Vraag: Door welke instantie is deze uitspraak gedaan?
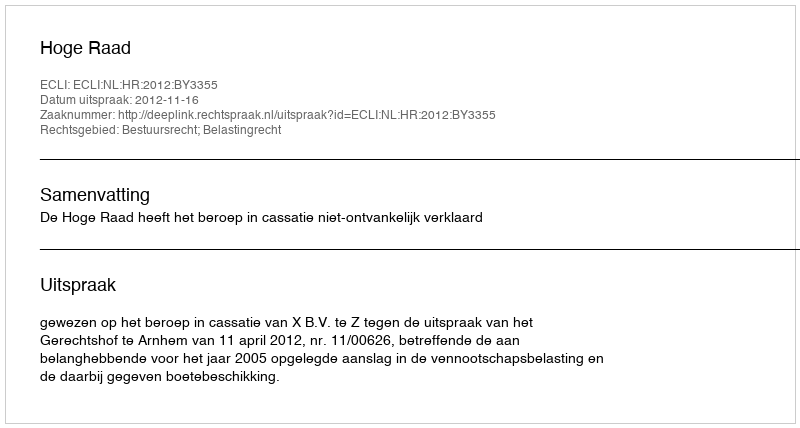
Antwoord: Hoge Raad